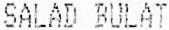
SALAD BULAT